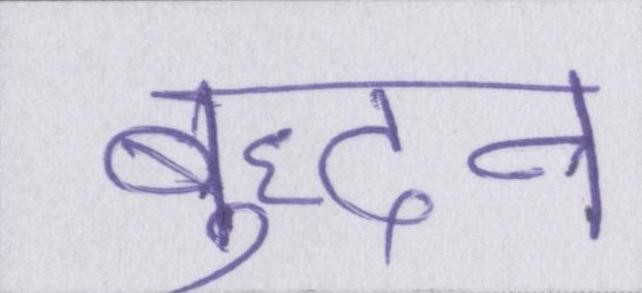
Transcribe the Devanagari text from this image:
बुद्धन